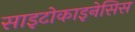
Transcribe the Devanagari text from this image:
साइटोकाइनेसिस